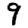
Digit: 9